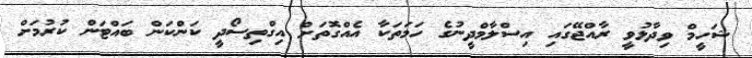
ޝަހީމް ވިދާޅުވީ ރާއްޖޭގައި އިސްލާމްދީނުގެ ހަމަތަކާ އެއްގޮތަށް އިގްތިސޯދީ ކަންކަން ބައްޓަން ކުރުމަށް